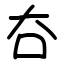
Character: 夻